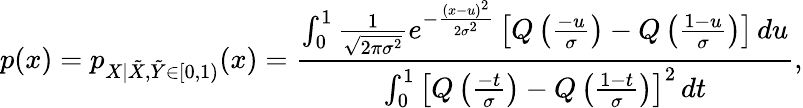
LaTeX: p(x)=p_{X|\tilde{X},\tilde{Y}\in[0,1)}(x)=\frac{\int_{0}^{1}\frac{1}{\sqrt{2\pi\sigma^{2}}}e^{-\frac{(x-u)^{2}}{2\sigma^{2}}}\left[Q\left(\frac{-u}{\sigma}\right)-Q\left(\frac{1-u}{\sigma}\right)\right]\, du}{\int_{0}^{1}\left[Q\left(\frac{-t}{\sigma}\right)-Q\left(\frac{1-t}{\sigma}\right)\right]^{2}\, dt},